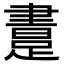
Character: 𨃲